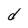
Character: d